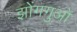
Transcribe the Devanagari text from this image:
झोंगगुओ